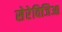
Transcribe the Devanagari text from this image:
सेरेविजिआ